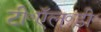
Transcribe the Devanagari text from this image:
टी॰ऍल॰डी॰